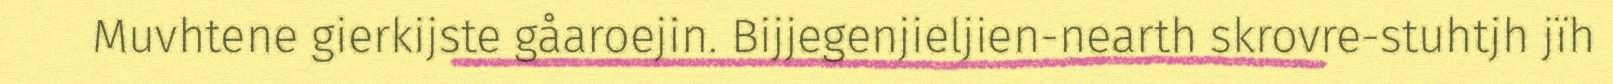
Muvhtene gierkijste gåaroejin. Bijjegenjieljien-nearth skrovre-stuhtjh jïh